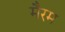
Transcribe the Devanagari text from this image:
मैरम